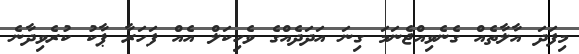
މިފަދަ އާލާތެއް ގެނެވިއްޖެނަމަ ގިނަ އަދަދެއްގެ ވެހިކަލް އެއް ފަހަރާ ޕާކު ކުރެވިދާނެ